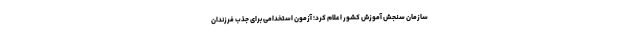
سازمان سنجش آموزش کشور اعلام کرد؛ آزمون استخدامی برای جذب فرزندان